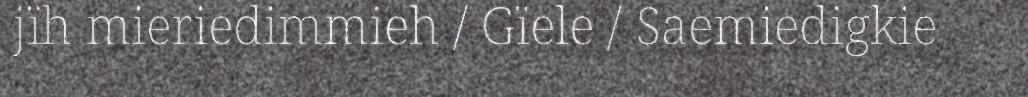
jïh mieriedimmieh / Gïele / Saemiedigkie